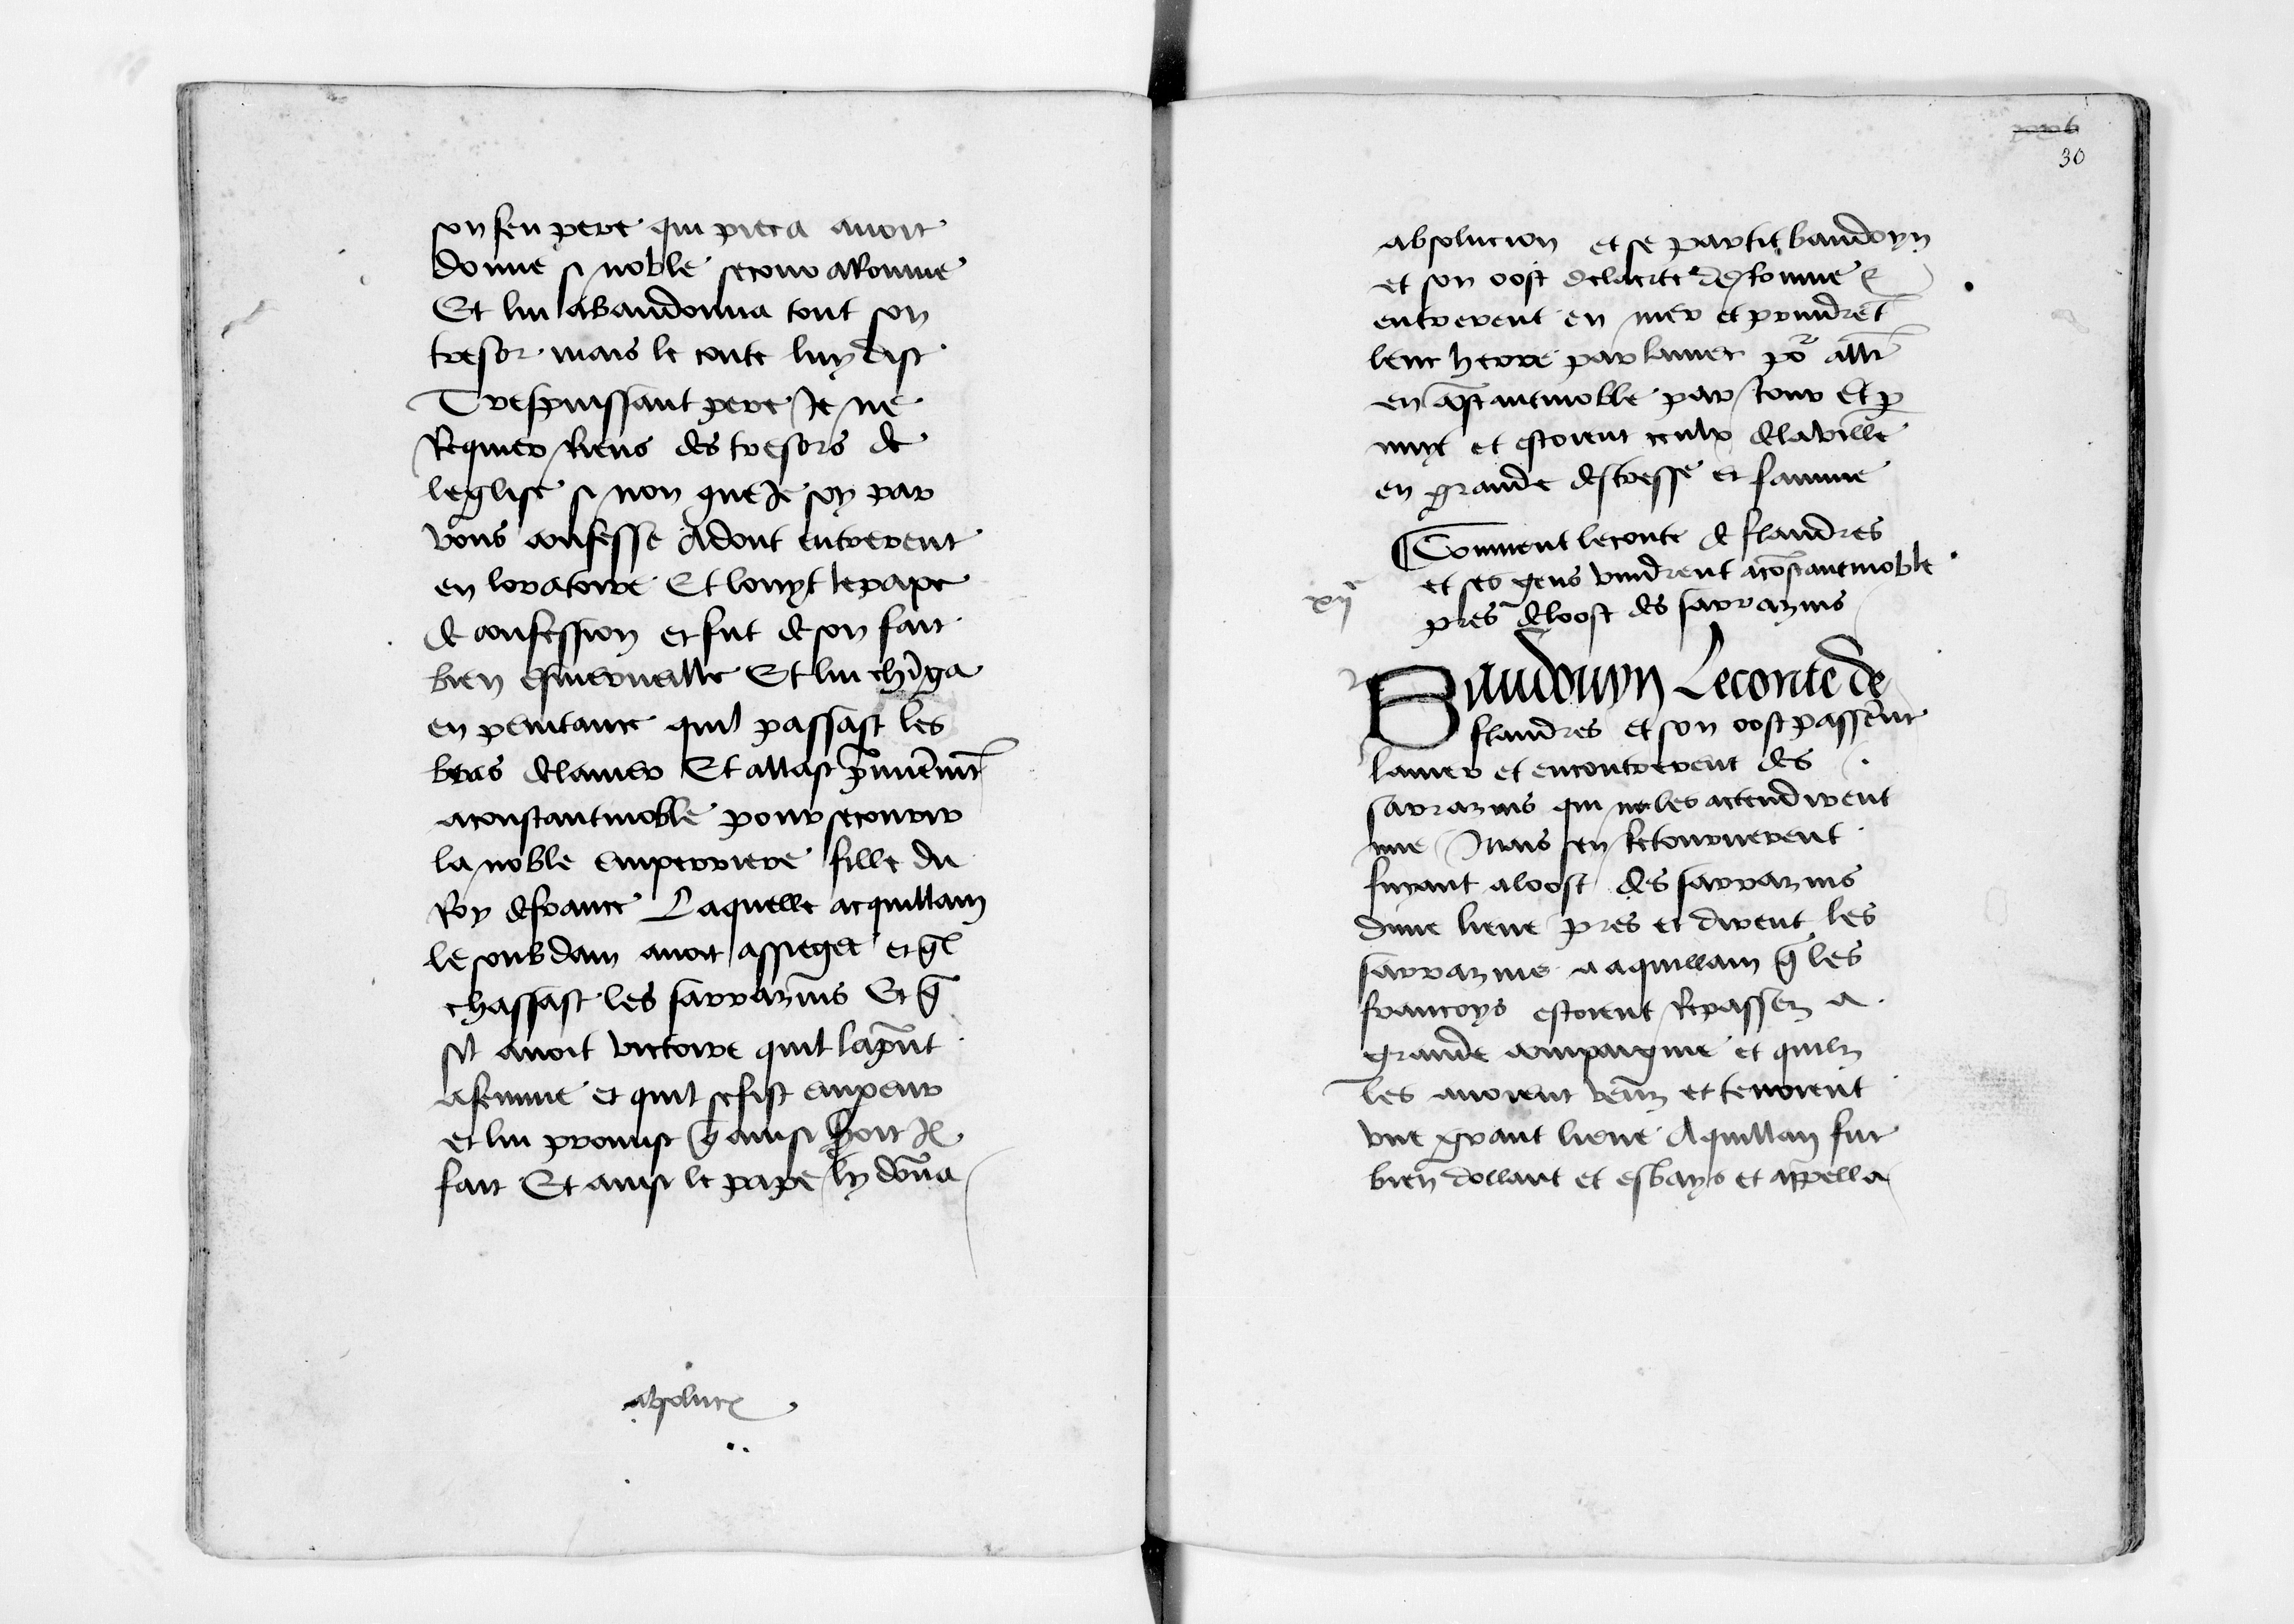
Shelfmark: Paris, BnF, fr. 12551
Century: 15